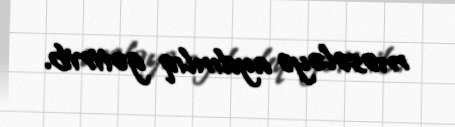
məsələyə aydınlıq gətirib.